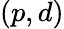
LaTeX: (p,d)